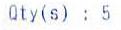
QTY(S) : 5